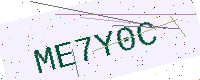
Text: ME7Y0C